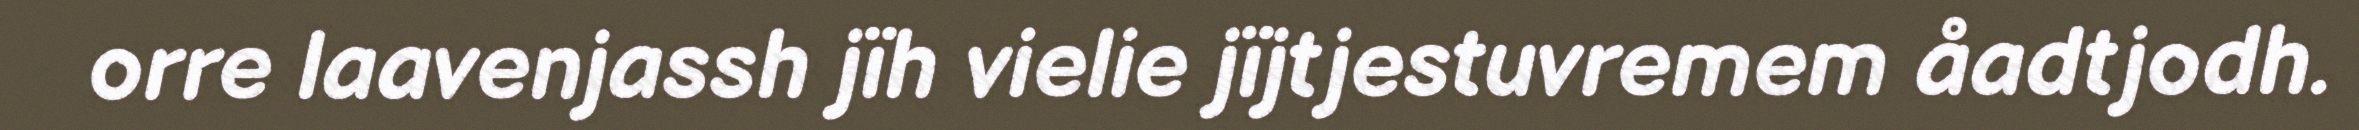
orre laavenjassh jïh vielie jïjtjestuvremem åadtjodh.